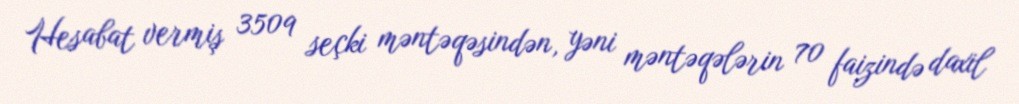
Hesabat vermiş 3509 seçki məntəqəsindən, yəni məntəqələrin 70 faizində daxil